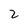
Character: 2